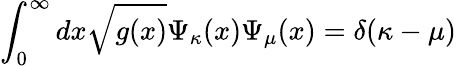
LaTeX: \int_{0}^{\infty}dx\sqrt{g(x)}\Psi_{\kappa}(x)\Psi_{\mu}(x)=\delta(\kappa-\mu)